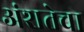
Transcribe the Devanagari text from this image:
अंशतेचा